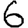
Digit: 6